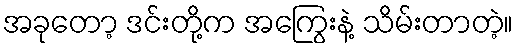
အခုတော့ ဒင်းတို့က အကြွေးနဲ့ သိမ်းတာတဲ့။